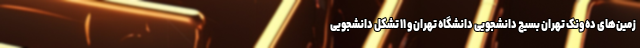
زمین‌های ده ونک تهران بسیج دانشجویی دانشگاه تهران و ۱۱ تشکل دانشجویی